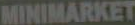
MINIMARKET